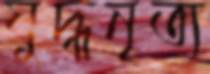
যুদ্ধনৃত্য